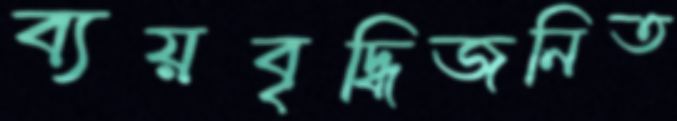
ব্যয়বৃদ্ধিজনিত